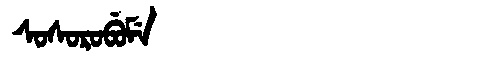
Manchu: ᠰᠣᠰᠣᡵᠣᠪᡠᠮᡝ
Romanization: SOSOROBUME